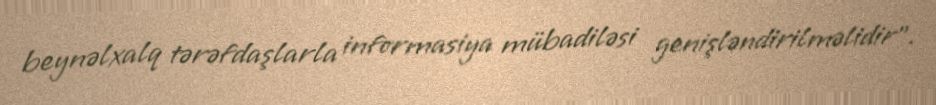
beynəlxalq tərəfdaşlarla informasiya mübadiləsi genişləndirilməlidir”.